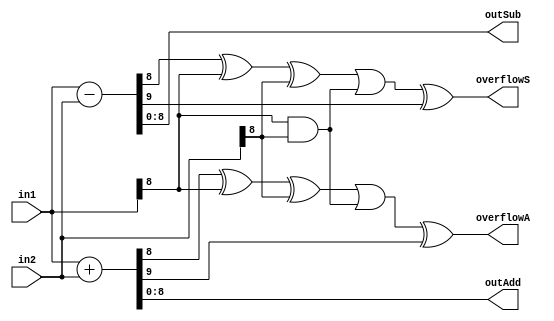
`timescale 1ns/1ps
module addSub #(
parameter LEN  = 9)(
	in1,
	in2,
	outAdd,
	outSub,
	overflowA,
	overflowS
);
	//--------------------------------------------------------------------------------------
 	

 	//--------------------------------------------------------------------------------------
 	input[LEN-1:0] in1;
 	input[LEN-1:0] in2;
 	output[LEN-1:0] outAdd;
	output[LEN-1:0] outSub;
 	output overflowA;
 	output overflowS;
    
  //--------------------------------------------------------------------------------------
	wire [LEN:0] addRes; 
	wire [LEN:0] subRes; 
	wire [1:0]   carry; 

    //--------------------------------------------------------------------------------------
  assign addRes = in1 + in2;   
  assign subRes = in1 - in2;

	assign carry[0] = (addRes[LEN - 1] ^ in1[LEN - 1] ^ in2[LEN - 1] ) || (in1[LEN -1] & in2[LEN - 1]);
	assign carry[1] = (subRes[LEN - 1] ^ in1[LEN - 1] ^ in2[LEN - 1] ) || (in1[LEN -1] & in2[LEN - 1]);
	
	assign outAdd = addRes[LEN - 1:0];    
	assign outSub = subRes[LEN - 1:0]; 

  //--------------------------------------------------------------------------------------
 	assign overflowA = carry[0] ^ addRes[LEN];
 	assign overflowS = carry[1] ^ subRes[LEN];
 
endmodule